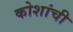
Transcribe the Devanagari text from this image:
कोशांची